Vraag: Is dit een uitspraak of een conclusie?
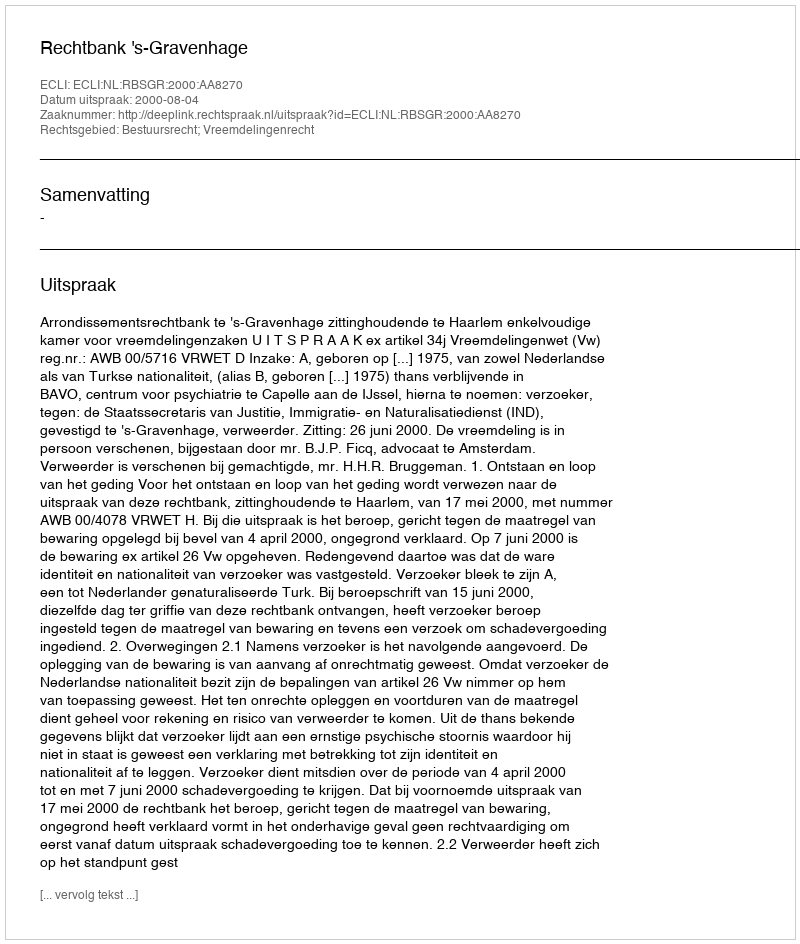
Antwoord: Uitspraak